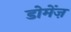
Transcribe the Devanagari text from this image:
डोमेंज़